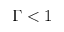
\Gamma < 1